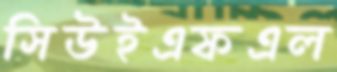
সিউইএফএল